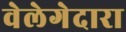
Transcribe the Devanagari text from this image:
वेलेगेदारा